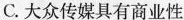
C.大众传媒具有商业性